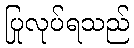
ပြုလုပ်ရသည်